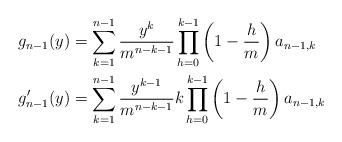
LaTeX: \begin{align*}&g_{n-1}(y)=\sum_{k=1}^{n-1}\frac{y^k}{m^{n-k-1}}\prod_{h=0}^{k-1}\left(1-\frac{h}{m}\right)a_{n-1,k}\\&g'_{n-1}(y)=\sum_{k=1}^{n-1}\frac{y^{k-1}}{m^{n-k-1}}k\prod_{h=0}^{k-1}\left(1-\frac{h}{m}\right)a_{n-1,k}\end{align*}